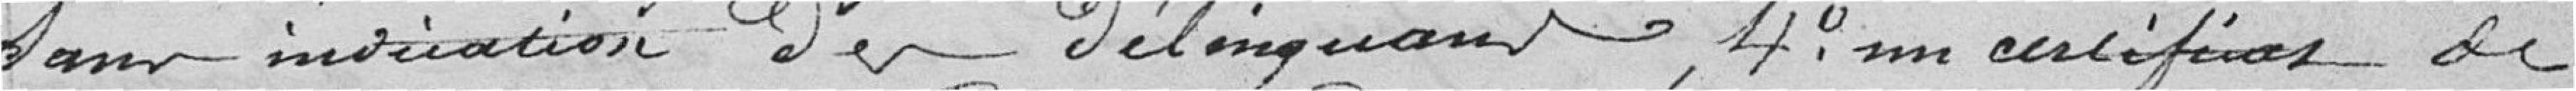
sans invitation du délinquant ; 4° un certificat de